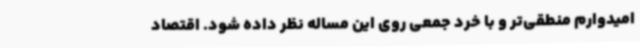
امیدوارم منطقی‌تر و با خرد جمعی روی این مساله نظر داده شود. اقتصاد